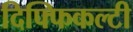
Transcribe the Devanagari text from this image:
दिफ्फिकल्टी